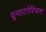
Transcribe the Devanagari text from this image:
यूपाटोरियम